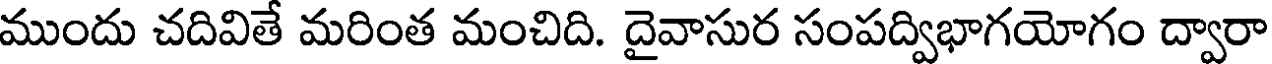
ముందు చదివితే మరింత మంచిది. దైవాసుర సంపద్విభాగయోగం ద్వారా